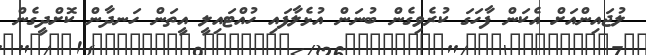
ލުޖައިންއަށް އެކަން ފާހަގަ ކުރެވިގެން ބުނަން އުޅެލާފައި ހުއްޓައިލީ އީތަން ހަނދާން ކޮށްދީގެން